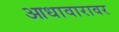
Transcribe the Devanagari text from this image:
आधावारावर